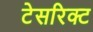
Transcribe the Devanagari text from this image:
टेसरिक्ट